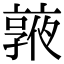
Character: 𠆓